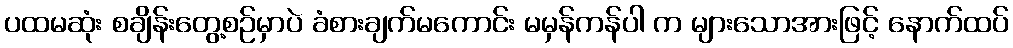
ပထမဆုံး စချိန်းတွေ့စဉ်မှာပဲ ခံစားချက်မကောင်း မမှန်ကန်ပါ က များသောအားဖြင့် နောက်ထပ်